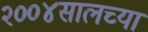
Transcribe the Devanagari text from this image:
२००४सालच्या